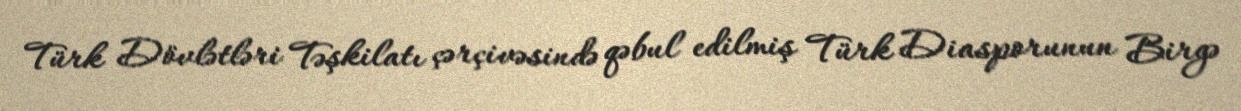
Türk Dövlətləri Təşkilatı çərçivəsində qəbul edilmiş Türk Diasporunun Birgə